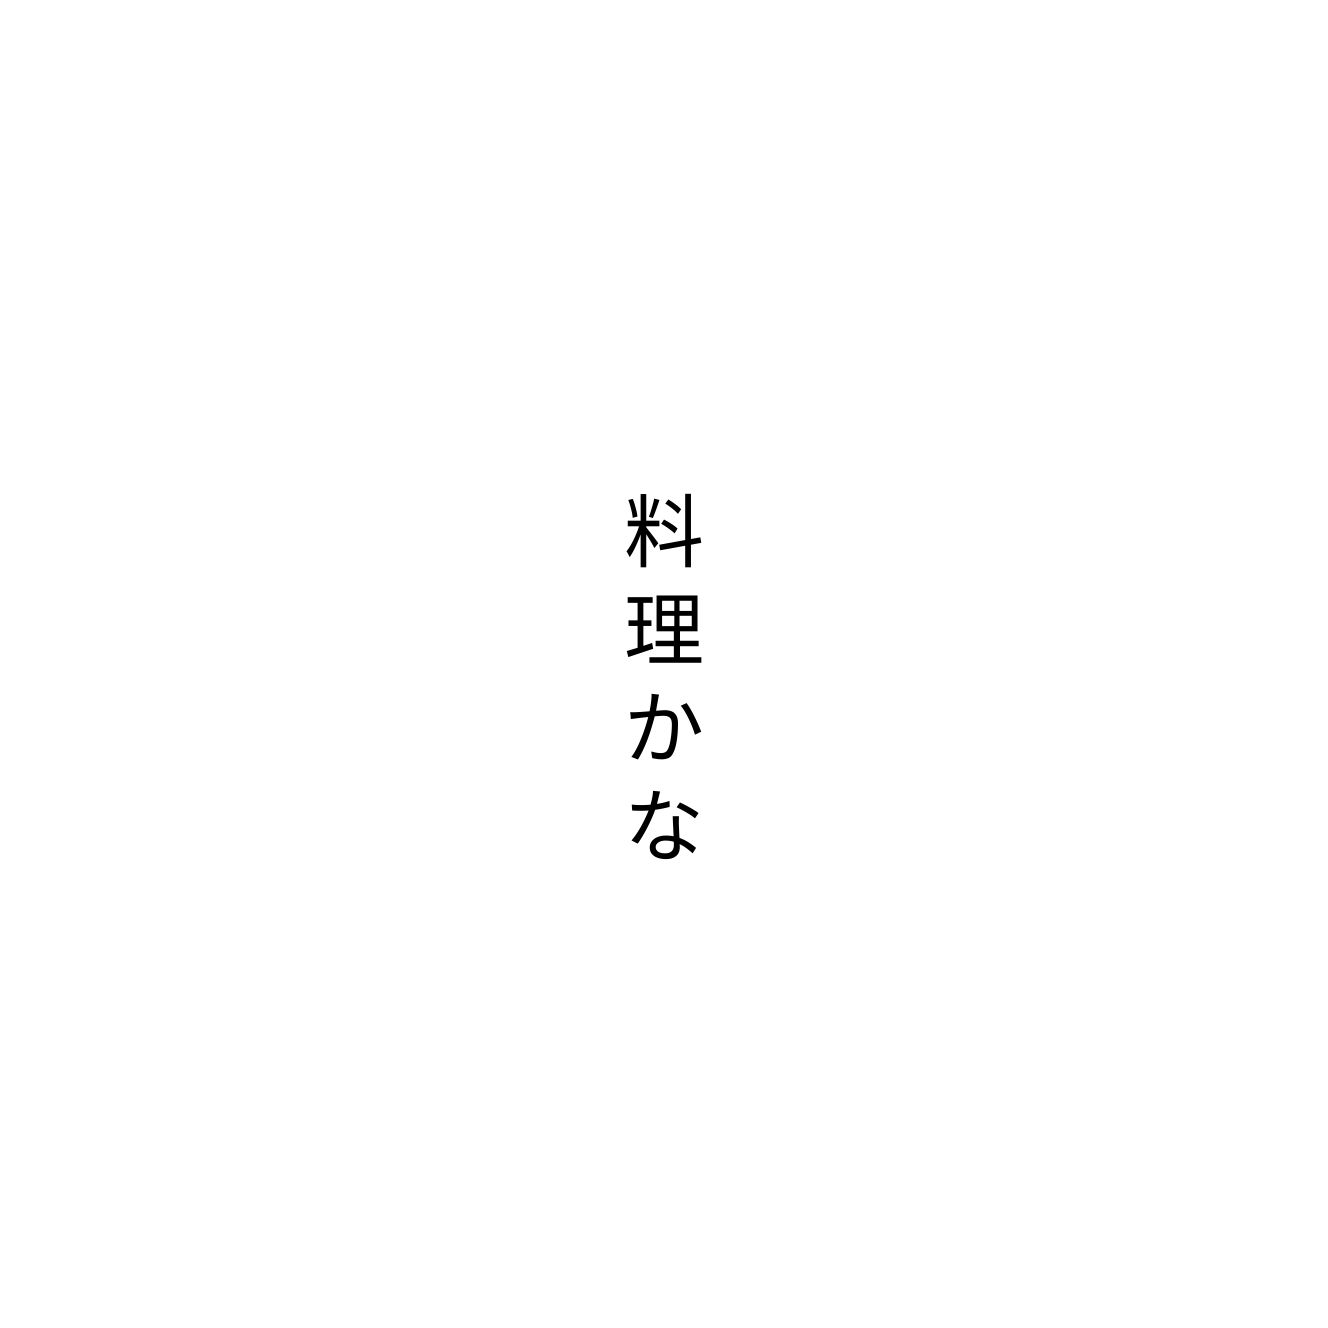
料理かな